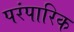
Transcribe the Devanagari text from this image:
परंपारिक